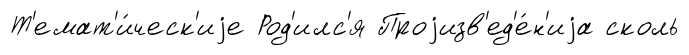
Т'емат'и́ческ'иjе Род'илс'я Проjизв'ед'е́н'иjа сколь